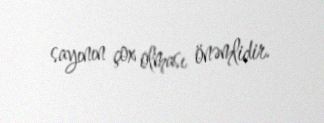
sayının çox olması önəmlidir.